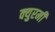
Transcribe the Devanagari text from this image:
क्युरमी